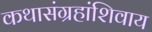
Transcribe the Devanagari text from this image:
कथासंग्रहांशिवाय